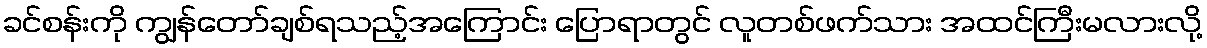
ခင်စန်းကို ကျွန်တော်ချစ်ရသည့်အကြောင်း ပြောရာတွင် လူတစ်ဖက်သား အထင်ကြီးမလားလို့